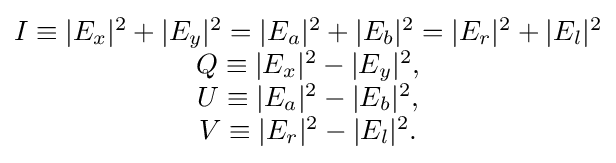
{\begin{matrix}I\equiv |E_{x}|^{2}+|E_{y}|^{2}=|E_{a}|^{2}+|E_{b}|^{2}=|E_{r}|^{2}+|E_{l}|^{2}\\Q\equiv |E_{x}|^{2}-|E_{y}|^{2},\\U\equiv |E_{a}|^{2}-|E_{b}|^{2},\\V\equiv |E_{r}|^{2}-|E_{l}|^{2}.\end{matrix}}